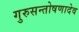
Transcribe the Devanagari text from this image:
गुरुसन्तोषणादेव